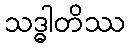
သဒ္ဓါတိဿ